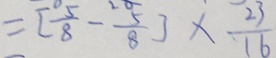
= [ \frac { 5 } { 8 } - \frac { 5 } { 8 } ] \times \frac { 2 3 } { 1 6 }